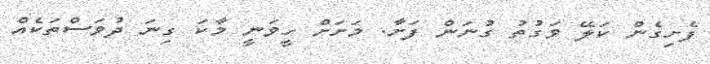
ފެށިގެން ކަލޭ ވަގުތު ގުނަން ފަށާ. މަށަށް ހީވަނީ މާކަ ގިނަ ދުވަސްތަކެއް